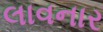
લાવનાર